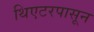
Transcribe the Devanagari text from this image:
थिएटरपासून